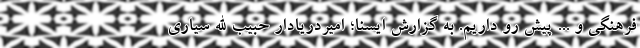
فرهنگی و ... پیش رو داریم. به گزارش ایسنا؛ امیردریادار حبیب الله سیاری